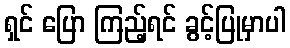
ရှင် ပြော ကြည့်ရင် ခွင့်ပြုမှာပါ